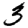
Digit: 3